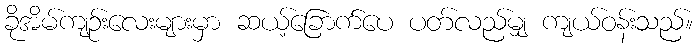
ခိုအိမ်ကျဉ်းလေးများမှာ ဆယ့်ခြောက်ပေ ပတ်လည်မျှ ကျယ်ဝန်းသည်။